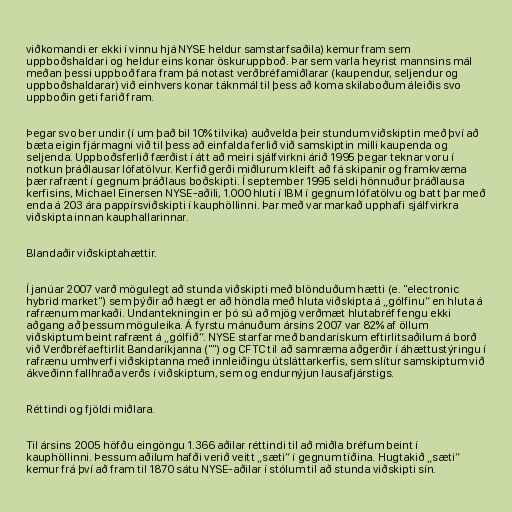
viðkomandi er ekki í vinnu hjá NYSE heldur samstarfsaðila) kemur fram sem
uppboðshaldari og heldur eins konar öskuruppboð. Þar sem varla heyrist mannsins mál
meðan þessi uppboð fara fram þá notast verðbréfamiðlarar (kaupendur, seljendur og
uppboðshaldarar) við einhvers konar táknmál til þess að koma skilaboðum áleiðis svo
uppboðin geti farið fram.

Þegar svo ber undir (í um það bil 10% tilvika) auðvelda þeir stundum viðskiptin með því að
bæta eigin fjármagni við til þess að einfalda ferlið við samskiptin milli kaupenda og
seljenda. Uppboðsferlið færðist í átt að meiri sjálfvirkni árið 1995 þegar teknar voru í
notkun þráðlausar lófatölvur. Kerfið gerði miðlurum kleift að fá skipanir og framkvæma
þær rafrænt í gegnum þráðlaus boðskipti. Í september 1995 seldi hönnuður þráðlausa
kerfisins, Michael Einersen NYSE-aðili, 1.000 hluti í IBM í gegnum lófatölvu og batt þar með
enda á 203 ára pappírsviðskipti í kauphöllinni. Þar með var markað upphafi sjálfvirkra
viðskipta innan kauphallarinnar.

Blandaðir viðskiptahættir.

Í janúar 2007 varð mögulegt að stunda viðskipti með blönduðum hætti (e. "electronic
hybrid market") sem þýðir að hægt er að höndla með hluta viðskipta á „gólfinu“ en hluta á
rafrænum markaði. Undantekningin er þó sú að mjög verðmæt hlutabréf fengu ekki
aðgang að þessum möguleika. Á fyrstu mánuðum ársins 2007 var 82% af öllum
viðskiptum beint rafrænt á „gólfið“. NYSE starfar með bandarískum eftirlitsaðilum á borð
við Verðbréfaeftirlit Bandaríkjanna ("") og CFTC til að samræma aðgerðir í áhættustýringu í
rafrænu umhverfi viðskiptanna með innleiðingu útsláttarkerfis, sem slítur samskiptum við
ákveðinn fallhraða verðs í viðskiptum, sem og endurnýjun lausafjárstigs.

Réttindi og fjöldi miðlara.

Til ársins 2005 höfðu eingöngu 1.366 aðilar réttindi til að miðla bréfum beint í
kauphöllinni. Þessum aðilum hafði verið veitt „sæti“ í gegnum tíðina. Hugtakið „sæti“
kemur frá því að fram til 1870 sátu NYSE-aðilar í stólum til að stunda viðskipti sín.